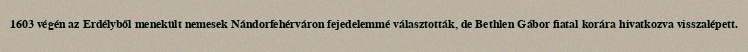
1603 végén az Erdélyből menekült nemesek Nándorfehérváron fejedelemmé választották, de Bethlen Gábor fiatal korára hivatkozva visszalépett.